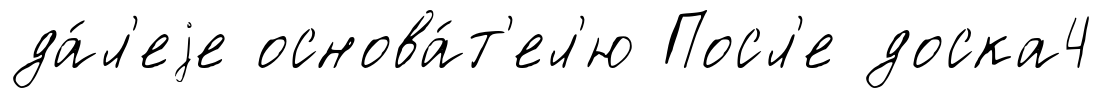
да́л'еjе основа́т'ел'ю Посл'е доска4